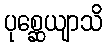
ပုစ္ဆေယျာသိ